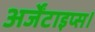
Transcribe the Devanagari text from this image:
अर्जेंटाइप्स।